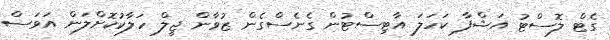
ގެޓް ލޮސްޓު އަޝްފާ ކަހަލަ އާޓިސްޓުން ގެނެސްގެން ޒުވާން ޖީލް ހަލާކުކޮށްލަން އަވަސް